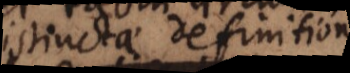
distinctae definitione,